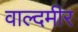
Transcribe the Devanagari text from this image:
वाल्दमीर